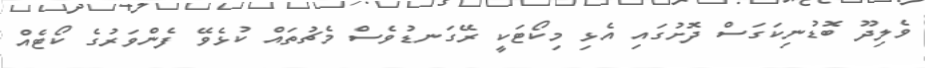
ވެލިދޫ ބޮޑުނިކަގަސް ދޮށުގައި އެޅި މިކޯޓަކީ ރޭގަނޑުވެސް މެޗުތައް ކުޅެވޭ ފެންވަރުގެ ކޯޓެއް